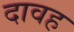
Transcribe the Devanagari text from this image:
दावह